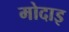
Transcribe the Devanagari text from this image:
मोदाइ